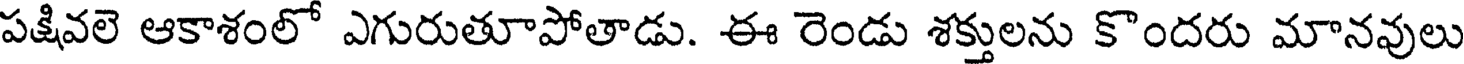
పక్షివలె ఆకాశంలో ఎగురుతూపోతాడు. ఈ రెండు శక్తులను కొందరు మానవులు